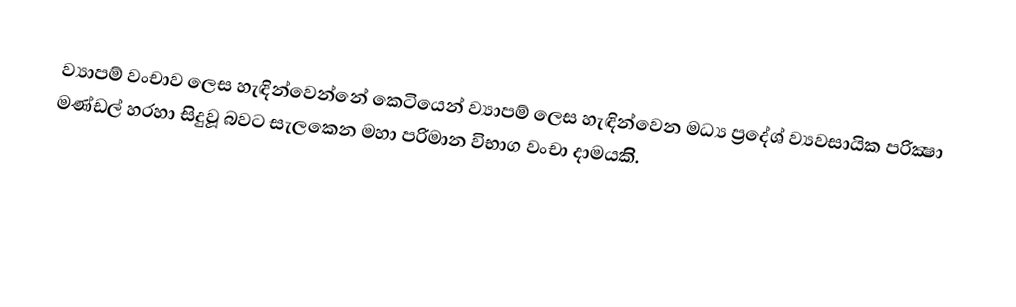
ව්‍යාපම් වංචාව ලෙස හැඳින්වෙන්නේ කෙටියෙන් ව්‍යාපම් ලෙස හැඳින්වෙන මධ්‍ය ප්‍රදේශ් ව්‍යවසායික පරික්‍ෂා මණ්ඩල් හරහා සිදුවූ බවට සැලකෙන මහා පරිමාන විභාග වංචා දාමයකිි.